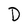
Character: D